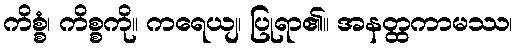
ကိစ္စံ၊ ကိစ္စကို။ ကရေယျ၊ ပြုရာ၏။ အနတ္ထကာမဿ၊